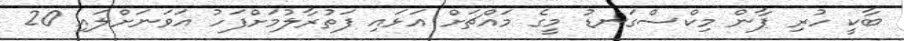
ބާކީ ހުރި ޕާން މިކްސްގަނޑު މީގެ މައްޗަށް އަޅައި ފަތުރާލުމަށްފަހު އަވަނަށްލައި 20